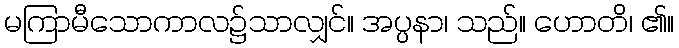
မကြာမီသောကာလ၌သာလျှင်။ အပ္ပနာ၊ သည်။ ဟောတိ၊ ၏။